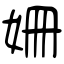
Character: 姍